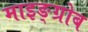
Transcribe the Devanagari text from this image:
माइङ्ग्रोब